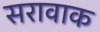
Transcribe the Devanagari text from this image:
सरावाक